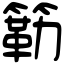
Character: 簕